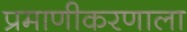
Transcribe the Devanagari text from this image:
प्रमाणीकरणाला